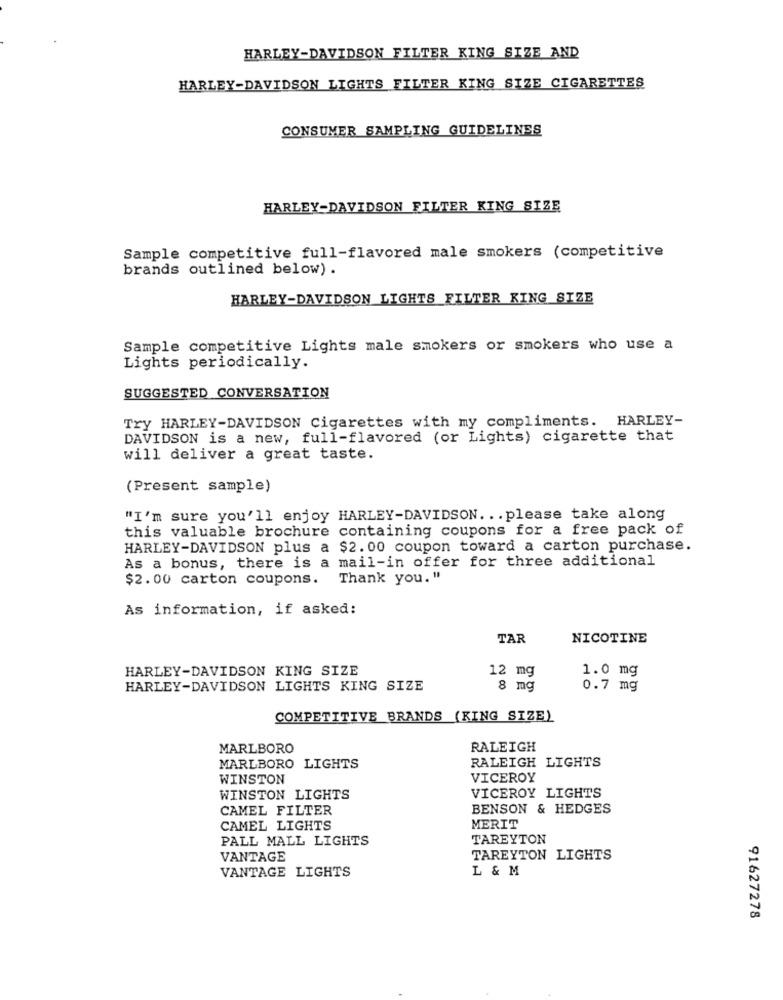
HARLEY-DAVIDSON FILTER KING SIZE AND
HARLEY-DAVIDSON LIGHTS FILTER KING SIZE CIGARETTES
CONSUMER SAMPLING GUIDELINES
HARLEY-DAVIDSON FILTER KING SIZE
Sample competitive full-flavored male smokers (competitive
brands outlined below) .
HARLEY-DAVIDSON LIGHTS FILTER KING SIZE
Sample competitive Lights male smokers or smokers who use a
Lights periodically.
SUGGESTED CONVERSATION
Try HARLEY-DAVIDSON Cigarettes with my compliments. HARLEY-
DAVIDSON is a new, full-flavored (or Lights) cigarette that
will deliver a great taste.
(Present sample)
"I'm sure you'll enjoy HARLEY-DAVIDSON. .. please take along
this valuable brochure containing coupons for a free pack of
HARLEY-DAVIDSON plus a $2.00 coupon toward a carton purchase.
As a bonus, there is a mail-in offer for three additional
$2.00 carton coupons. Thank you."
As information, if asked:
TAR
NICOTINE
HARLEY-DAVIDSON KING SIZE
12 mg
1.0 mg
HARLEY-DAVIDSON LIGHTS KING SIZE
8 mg
0.7 mg
COMPETITIVE BRANDS (KING SIZE)
MARLBORO
RALEIGH
RALEIGH LIGHTS
MARLBORO LIGHTS
WINSTON
VICEROY
VICEROY LIGHTS
WINSTON LIGHTS
CAMEL FILTER
BENSON & HEDGES
CAMEL LIGHTS
MERIT
PALL MALL LIGHTS
TAREYTON
VANTAGE
TAREYTON LIGHTS
L & M
VANTAGE LIGHTS
91627278